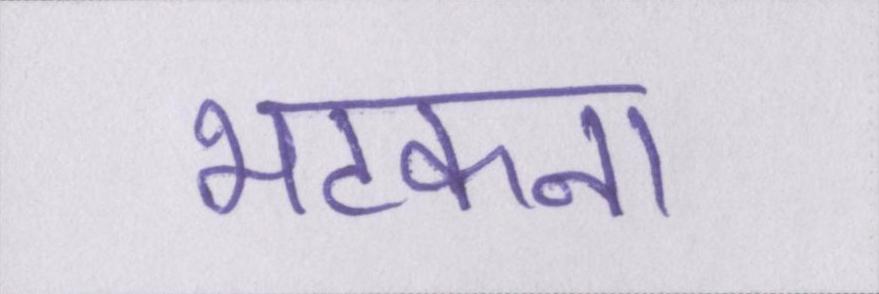
भटकना